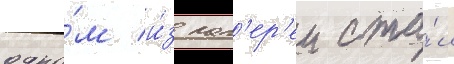
одно́м и́з лаг'ер'еи ста́л